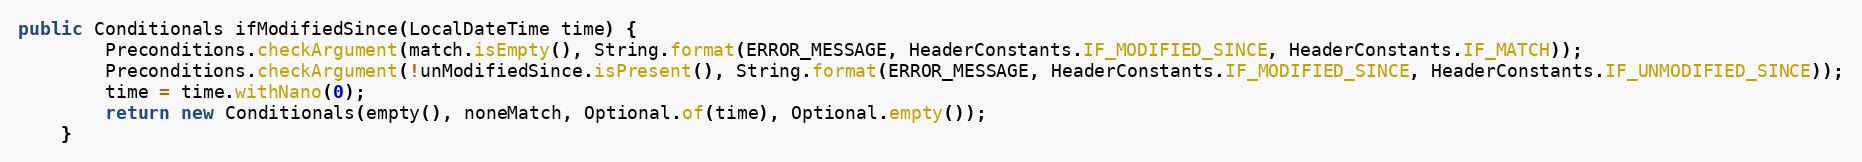
Language: Java
public Conditionals ifModifiedSince(LocalDateTime time) {
        Preconditions.checkArgument(match.isEmpty(), String.format(ERROR_MESSAGE, HeaderConstants.IF_MODIFIED_SINCE, HeaderConstants.IF_MATCH));
        Preconditions.checkArgument(!unModifiedSince.isPresent(), String.format(ERROR_MESSAGE, HeaderConstants.IF_MODIFIED_SINCE, HeaderConstants.IF_UNMODIFIED_SINCE));
        time = time.withNano(0);
        return new Conditionals(empty(), noneMatch, Optional.of(time), Optional.empty());
    }